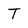
Character: T